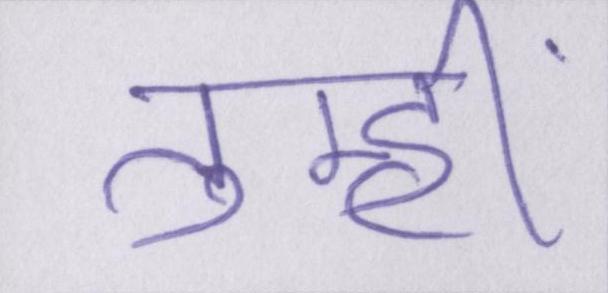
तुम्हीं